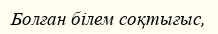
Болған білем соқтығыс,